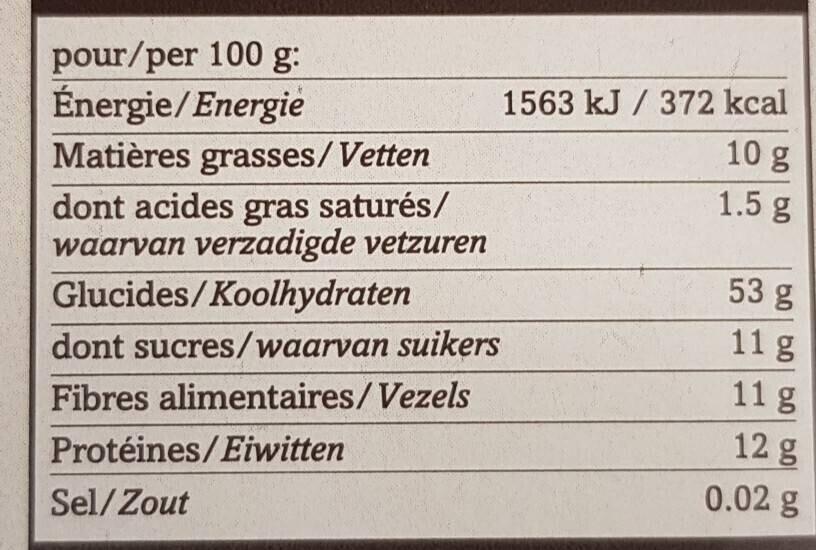
pour/per 100 g: Énergie/Energie
Matières grasses/Vetten dont acides gras saturés/ waarvan verzadigde vetzuren
Glucides/Koolhydraten
dont sucres/waarvan suikers
Fibres alimentaires/ Vezels
Protéines/Eiwitten
Sel/Zout
1563 kJ / 372 kcal
10 g 1.5 g
53 g
11 g
11 g
12 g
0.02 g